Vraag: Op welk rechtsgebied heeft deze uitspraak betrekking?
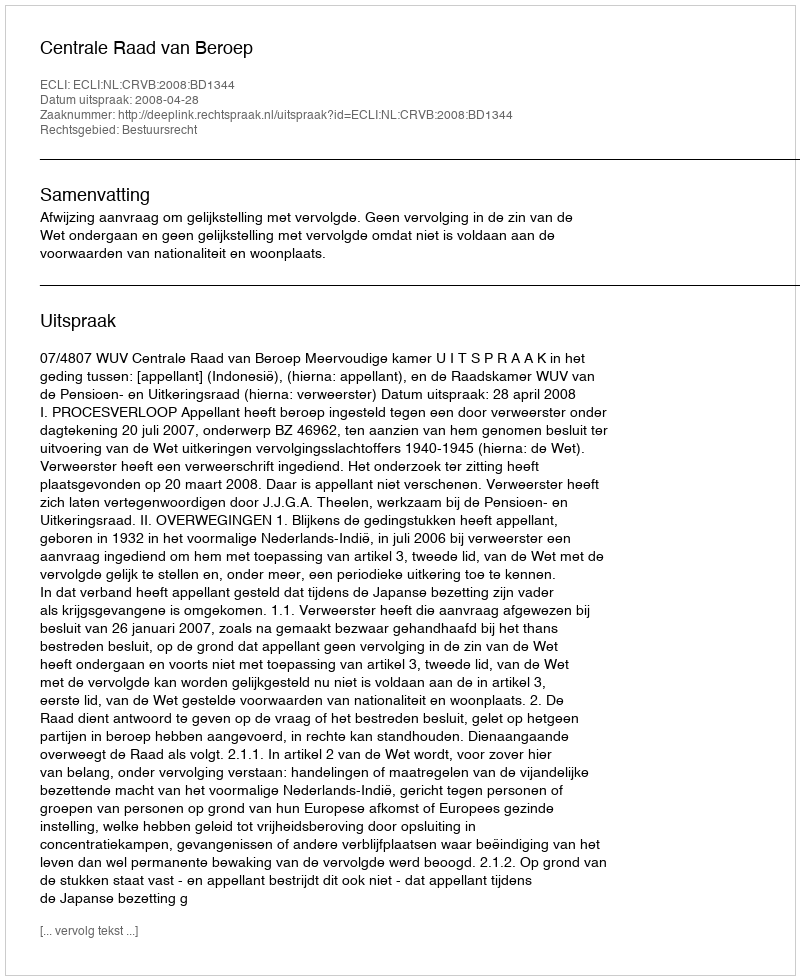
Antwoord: Bestuursrecht